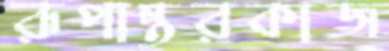
রূপান্তরকাজ